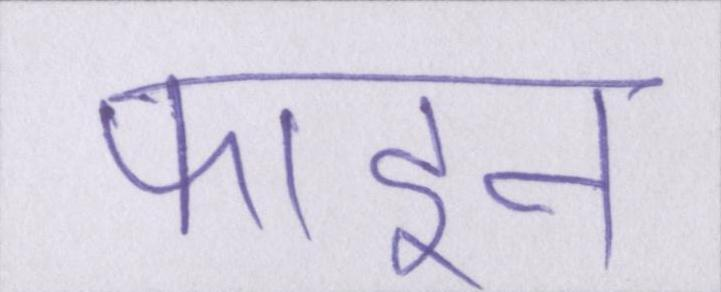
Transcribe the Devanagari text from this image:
फाइन